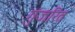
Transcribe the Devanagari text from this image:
गुंजरित